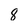
Character: 8